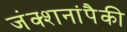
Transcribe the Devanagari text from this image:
जंक्शनांपैकी